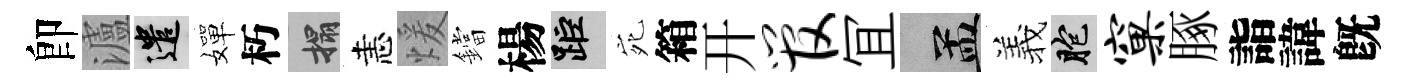
卽瀘遣嬋朽搨恚煖鐺楊距宛箱开管冝汴羲胞窠䐁詣諱旣